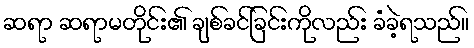
ဆရာ ဆရာမတိုင်း၏ ချစ်ခင်ခြင်းကိုလည်း ခံခဲ့ရသည်။